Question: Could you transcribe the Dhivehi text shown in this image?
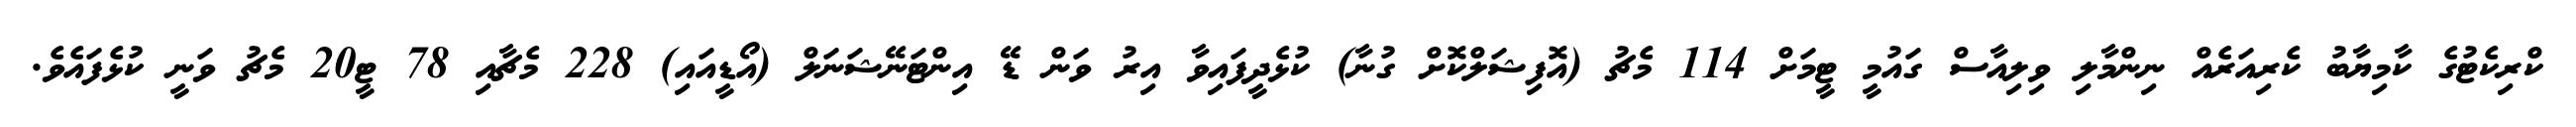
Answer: ކްރިކެޓުގެ ކާމިޔާބު ކެރިއަރެއް ނިންމާލި ވިލިއާސް ގައުމީ ޓީމަށް 114 މެޗު (އޮފިޝަލްކޮށް ގުނާ) ކުޅެދީފައިވާ އިރު ވަން ޑޭ އިންޓަނޭޝަނަލް (އޯޑީއައި) 228 މެޗާއި 78 ޓީ20 މެޗު ވަނީ ކުޅެފައެވެ.